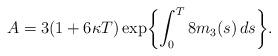
LaTeX: \begin{align*}A=3(1+6\kappa T)\exp \biggl\{\int_0^T8m_3(s)\,ds\biggr\}.\end{align*}